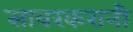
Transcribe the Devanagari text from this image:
सावरकरानी